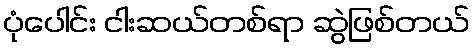
ပုံပေါင်း ငါးဆယ်တစ်ရာ ဆွဲဖြစ်တယ်